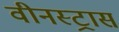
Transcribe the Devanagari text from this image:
वीनस्ट्रास